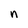
Character: n